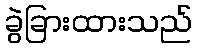
ခွဲခြားထားသည်